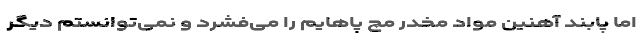
اما پابند آهنین مواد مخدر مچ پاهایم را می‌فشرد و نمی‌توانستم دیگر